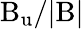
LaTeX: \mathrm{B_{u}}/|\mathrm{B}|